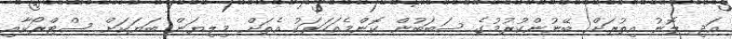
އަދި ލޮނު އިތުރަށް ބޭނުންކުރުމުގެ ސަބަބުން ކޮންމެއަހަރަކު އެތަށް މިލިޔަން ބަޔަކަށް ސްޓްރޯކާއި